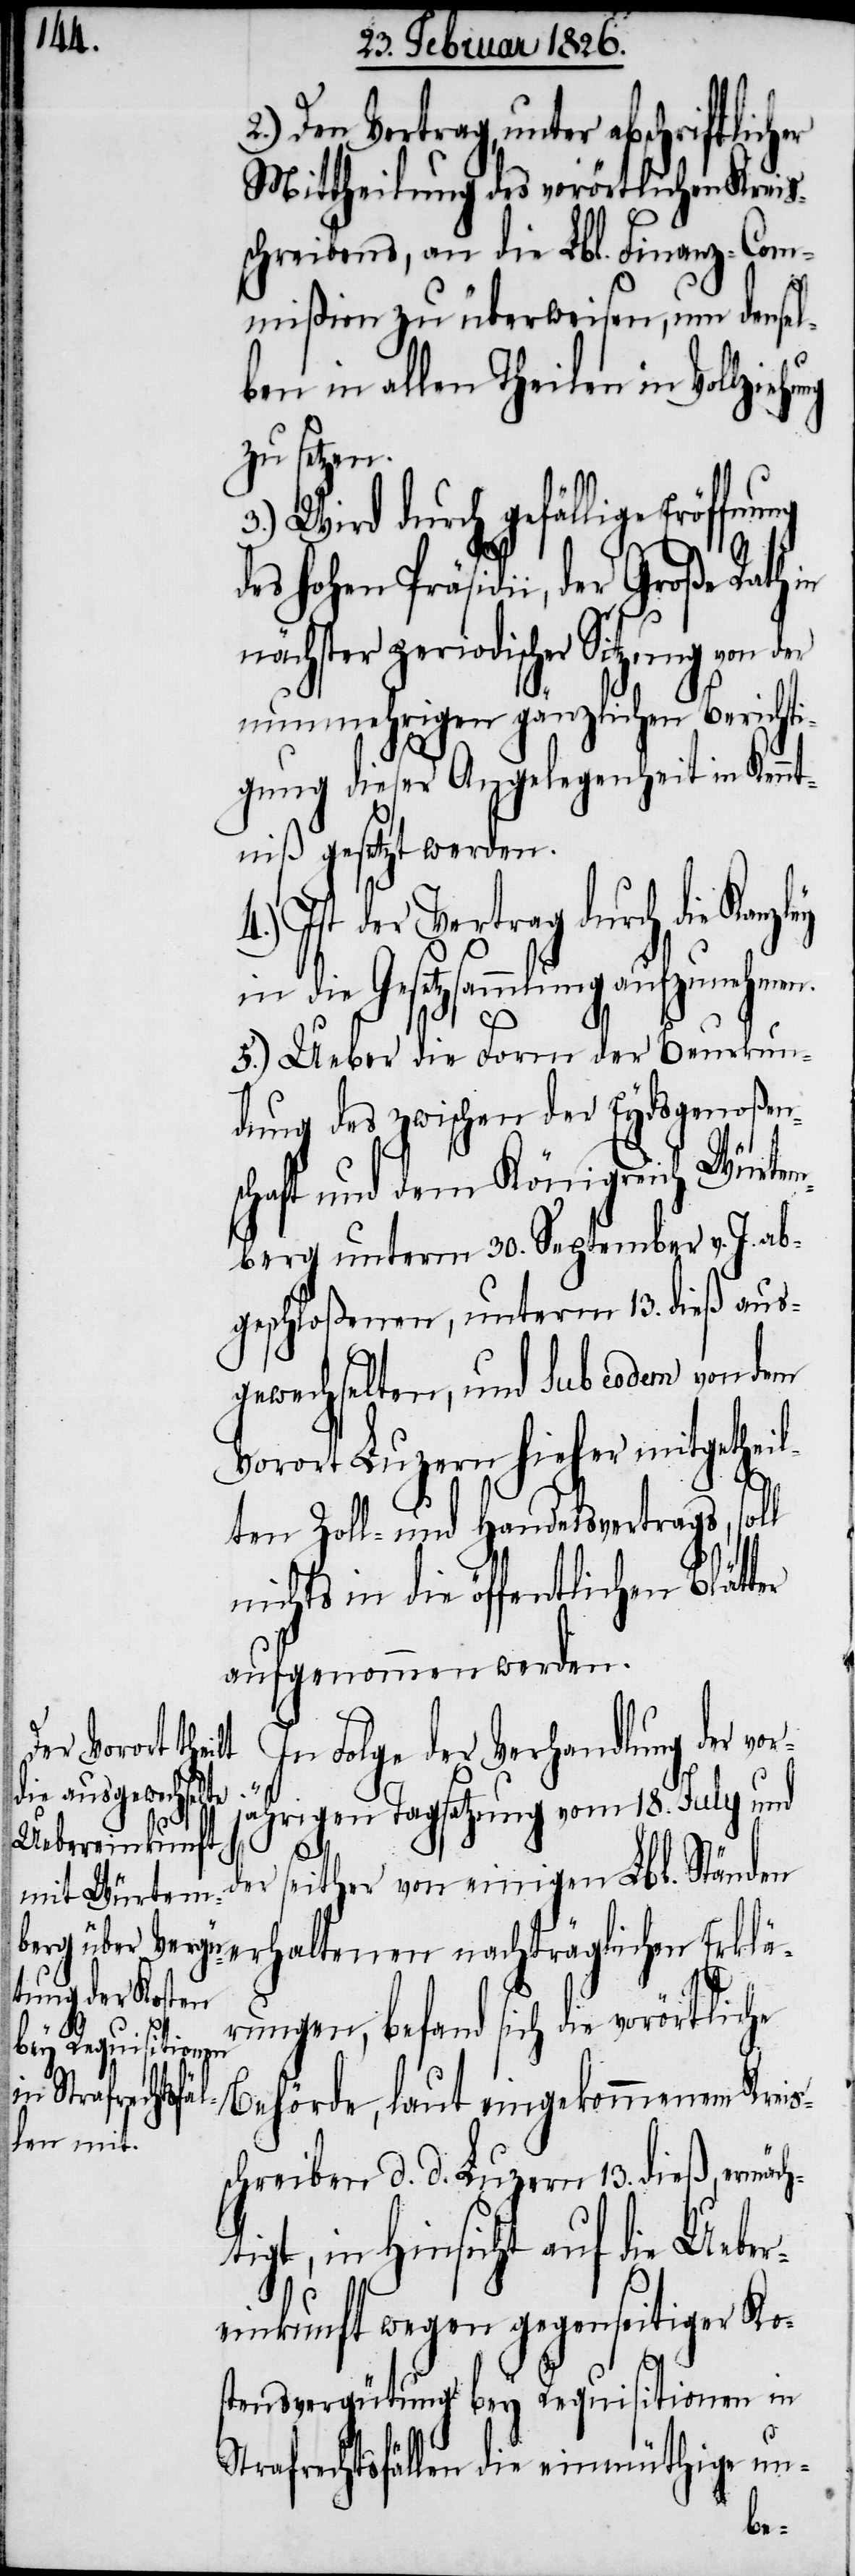
Mittheilung des vorörtlichen Kreis¬
schreibens, an die Lbl. Finanz-Com¬
mißion zu überweisen, um densel¬
ben in allen Theilen in
zu setzen.
3.) Wird durch gefällige Eröffn¬
nächster periodischer Sitzung von der
nunmehrigen gänzlichen Berichti¬
gung dieser Angelegenheit in Kennt¬
niß gesetzt werden.
Ist der Vertrag durch die
in die Gesetzsammlung aufzunehmen.
5.) Ueber die Form der Beurkun¬
dung des zwischen der Eydsgenoßen¬
schaft und dem Königreich Würte¬
mberg unterm 30. September v. J. ab¬
geschloßenen, unterm 13. dieß aus¬
gewechselten, und Sub eodem von dem
Vorort Luzern hieher mitgetheil¬
ten Zoll- und Handelsvertrags, soll
nichts in die öffentlichen Blätter
aufgenommen werden.
In Folge der Verhandlung der vo¬
rjährigen Tagsatzung vom 18. July und
der seither von einigen Lbl. Ständen
erhaltenen nachträglichen Erklä¬
rungen, befand sich die vorörtliche
Behörde, laut eingekommenem Kreis¬
schreiben d. d. Luzern 13. dieß, ermäch¬
tigt, in Hinsicht auf die Ueber¬
einkunft wegen gegenseitiger Ko¬
stensvergütung bey Requisitionen in
Strafrechtsfällen die einmüthige un-